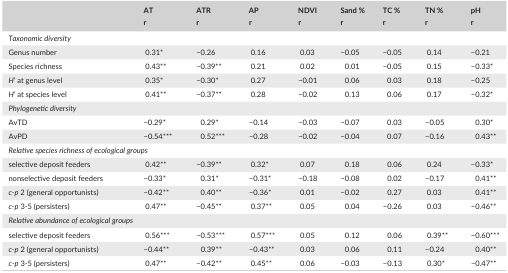
<table><thead><tr><td rowspan="2"></td><td><b>AT</b></td><td><b>ATR</b></td><td><b>AP</b></td><td><b>NDVI</b></td><td><b>Sand %</b></td><td><b>TC %</b></td><td><b>TN %</b></td><td><b>pH</b></td></tr><tr><td><b>r</b></td><td><b>r</b></td><td><b>r</b></td><td><b>r</b></td><td><b>r</b></td><td><b>r</b></td><td><b>r</b></td><td><b>r</b></td></tr></thead><tbody><tr><td colspan="9"><i>Taxonomic diversity</i></td></tr><tr><td>Genus number</td><td>0.31*</td><td>−0.26</td><td>0.16</td><td>0.03</td><td>−0.05</td><td>−0.05</td><td>0.14</td><td>−0.21</td></tr><tr><td>Species richness</td><td>0.43**</td><td>−0.39**</td><td>0.21</td><td>0.02</td><td>0.01</td><td>−0.05</td><td>0.15</td><td>−0.33*</td></tr><tr><td><i>H</i>’ at genus level</td><td>0.35*</td><td>−0.30*</td><td>0.27</td><td>−0.01</td><td>0.06</td><td>0.03</td><td>0.18</td><td>−0.25</td></tr><tr><td><i>H</i>’ at species level</td><td>0.41**</td><td>−0.37**</td><td>0.28</td><td>−0.02</td><td>0.13</td><td>0.06</td><td>0.17</td><td>−0.32*</td></tr><tr><td colspan="9"><i>Phylogenetic diversity</i></td></tr><tr><td>AvTD</td><td>−0.29*</td><td>0.29*</td><td>−0.14</td><td>−0.03</td><td>−0.07</td><td>0.03</td><td>−0.05</td><td>0.30*</td></tr><tr><td>AvPD</td><td>−0.54***</td><td>0.52***</td><td>−0.28</td><td>−0.02</td><td>−0.04</td><td>0.07</td><td>−0.16</td><td>0.43**</td></tr><tr><td colspan="9"><i>Relative species richness of ecological groups</i></td></tr><tr><td>selective deposit feeders</td><td>0.42**</td><td>−0.39**</td><td>0.32*</td><td>0.07</td><td>0.18</td><td>0.06</td><td>0.24</td><td>−0.33*</td></tr><tr><td>nonselective deposit feeders</td><td>−0.33*</td><td>0.31*</td><td>−0.31*</td><td>−0.18</td><td>−0.08</td><td>0.02</td><td>−0.17</td><td>0.41**</td></tr><tr><td><i>c‐p</i> 2 (general opportunists)</td><td>−0.42**</td><td>0.40**</td><td>−0.36*</td><td>0.01</td><td>−0.02</td><td>0.27</td><td>0.03</td><td>0.41**</td></tr><tr><td><i>c‐p</i> 3‐5 (persisters)</td><td>0.47**</td><td>−0.45**</td><td>0.37**</td><td>0.05</td><td>0.04</td><td>−0.26</td><td>0.03</td><td>−0.46**</td></tr><tr><td colspan="9"><i>Relative abundance of ecological groups</i></td></tr><tr><td>selective deposit feeders</td><td>0.56***</td><td>−0.53***</td><td>0.57***</td><td>0.05</td><td>0.12</td><td>0.06</td><td>0.39**</td><td>−0.60***</td></tr><tr><td><i>c‐p</i> 2 (general opportunists)</td><td>−0.44**</td><td>0.39**</td><td>−0.43**</td><td>0.03</td><td>0.06</td><td>0.11</td><td>−0.24</td><td>0.40**</td></tr><tr><td><i>c‐p</i> 3‐5 (persisters)</td><td>0.47**</td><td>−0.42**</td><td>0.45**</td><td>0.06</td><td>−0.03</td><td>−0.13</td><td>0.30*</td><td>−0.47**</td></tr></tbody></table>